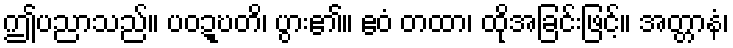
ဤပညာသည်။ ပဝဍ္ဎတိ၊ ပွား၏။ ဧဝံ တထာ၊ ထိုအခြင်းဖြင့်။ အတ္တာနံ၊